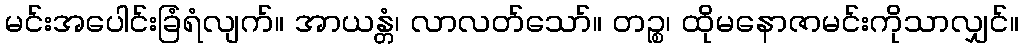
မင်းအပေါင်းခြံရံလျက်။ အာယန္တံ၊ လာလတ်သော်။ တဉ္စ၊ ထိုမနောဇာမင်းကိုသာလျှင်။